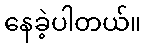
နေခဲ့ပါတယ်။